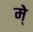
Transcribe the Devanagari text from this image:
मे्